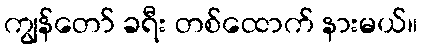
ကျွန်တော် ခရီး တစ်ထောက် နားမယ်။